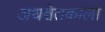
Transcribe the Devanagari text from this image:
अधश्चेतकाला